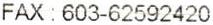
FAX : 603-62592420